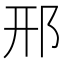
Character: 邢